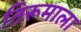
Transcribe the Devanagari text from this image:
तिरूमाला